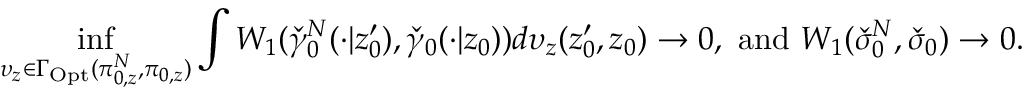
\operatorname* { i n f } _ { \upsilon _ { z } \in \Gamma _ { \mathrm { O p t } } ( \pi _ { 0 , z } ^ { N } , \pi _ { 0 , z } ) } \int W _ { 1 } ( \check { \gamma } _ { 0 } ^ { N } ( \cdot | z _ { 0 } ^ { \prime } ) , \check { \gamma } _ { 0 } ( \cdot | z _ { 0 } ) ) d \upsilon _ { z } ( z _ { 0 } ^ { \prime } , z _ { 0 } ) \rightarrow 0 , \mathrm { ~ a n d ~ } W _ { 1 } ( \check { \sigma } _ { 0 } ^ { N } , \check { \sigma } _ { 0 } ) \rightarrow 0 .